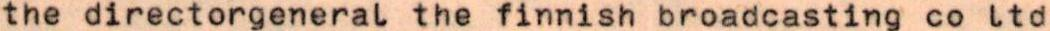
the directorgeneral the finnish broadcasting co ltd